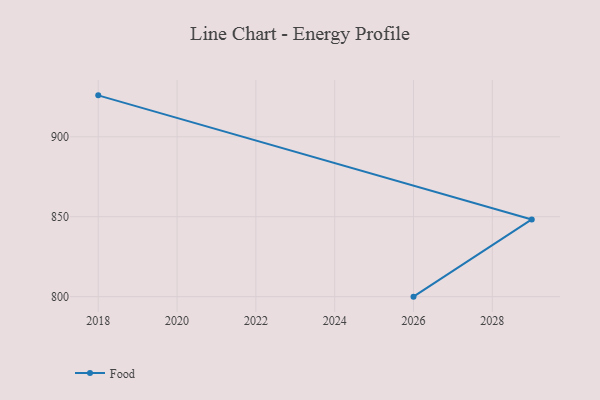
{"axis": {"x": "Year", "y": "Budget (USD K)"}, "legend": ["Food"], "data": [{"x": "2018", "y": 925.9, "type": "Food"}, {"x": "2029", "y": 848.3, "type": "Food"}, {"x": "2026", "y": 800, "type": "Food"}]}